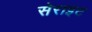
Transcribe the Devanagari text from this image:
सेराइट